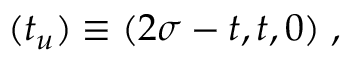
( t _ { u } ) \equiv ( 2 \sigma - t , t , 0 ) \; ,